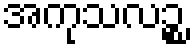
အကုသလဉ္စ